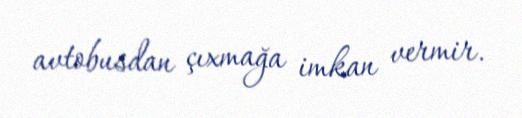
avtobusdan çıxmağa imkan vermir.